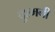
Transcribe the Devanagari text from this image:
दुश्‍मनी